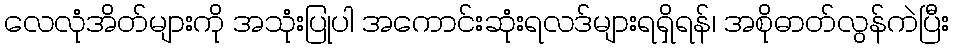
လေလုံအိတ်များကို အသုံးပြုပါ အကောင်းဆုံးရလဒ်များရရှိရန်၊ အစိုဓာတ်လွန်ကဲပြီး